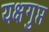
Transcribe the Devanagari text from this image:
यक्षगुप्त